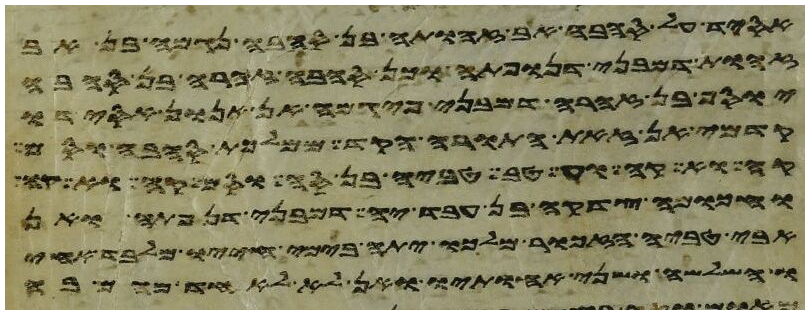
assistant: אל המדבר והנה כבוד יהוה נראה בענן וידבר
התבה מפני מי המבול מן הבהמה הטהרה ומן הבהמה
יוסף בן שבע עשרה שנה היה רעה את אחיו
דמיה זאת תורת הילדת לזכר ולנקבה ואם
הוא היה אבי ישב אהל ומקנה ושם אחיו
ומשה בן שמנים שנה ואהרן
וקרא בה כל ימי חייו למען ילמד ליראה
לו ושב לאחזתו ואם לא מצא ידו